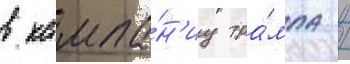
в кампа́н'иу тра́мпа /